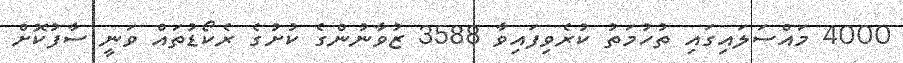
4000 މައްސަލައިގައި ތުހުމަތު ކުރެވިފައިވާ 3588 ޒުވާނުންގެ ކުށުގެ ރެކޯޑުތައް ވަނީ ސާފުކޮށް